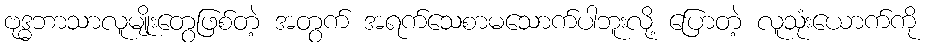
ဗုဒ္ဓဘာသာလူမျိုးတွေဖြစ်တဲ့ အတွက် အရက်သေစာမသောက်ပါဘူးလို့ ပြောတဲ့ လူသုံးယောက်ကို